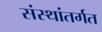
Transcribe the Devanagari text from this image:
संस्थांतर्गत